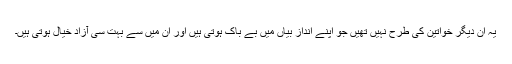
یہ ان دیگر خواتین کی طرح نہیں تھیں جو اپنے انداز بیاں میں بے باک ہوتی ہیں اور ان میں سے بہت سی آزاد خیال ہوتی ہیں۔